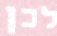
לכן